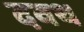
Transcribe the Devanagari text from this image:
दवथ